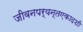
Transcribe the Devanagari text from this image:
जीवनपर्यन्तएकादशी